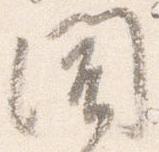
聞